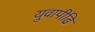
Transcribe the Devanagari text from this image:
युवापीढि